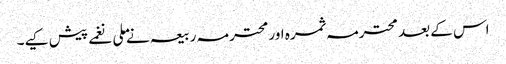
اس کے بعد محترمہ ثمرہ اور محترمہ ربیعہ نے ملی نغمے پیش کیے۔